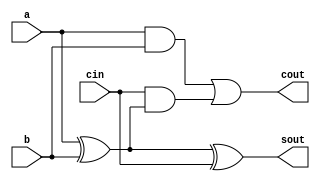
// This program was cloned from: https://github.com/Suni123456789/100DaysRTL
// License: Apache License 2.0

`timescale 1ns / 1ps

module full_adder(
    input a, b, cin,
    output sout, cout
    );
    
    assign sout = a ^ b ^ cin;
    assign cout = (a&b) | cin&(a^b);
endmodule